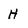
Character: H